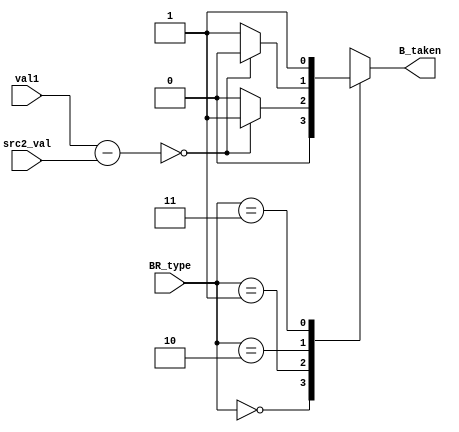
module condcheck(input[31:0] val1,src2_val,input[1:0] BR_type, output B_taken);
    reg tmp=0;
    assign B_taken=tmp;
    always@(*)begin
        tmp=0;
        case (BR_type)
                2'b00: tmp=1'b0;
                2'b01: tmp=((val1-src2_val)==32'b0)?1'b1:1'b0;
                2'b10: tmp=((val1-src2_val)==32'b0)?0:1;
                2'b11: tmp=1'b1;
        endcase
    end
endmodule